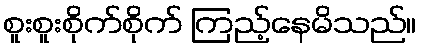
စူးစူးစိုက်စိုက် ကြည့်နေမိသည်။